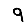
Digit: 9